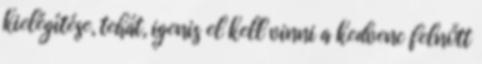
kielégítése, tehát, igenis el kell vinni a kedvenc felnőtt